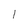
Character: 1